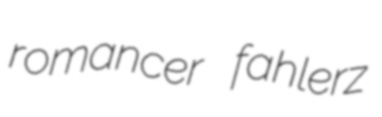
romancer fahlerz